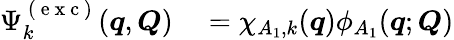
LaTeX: \begin{array}{rl}{\Psi_{k}^{\mathrm{~(~e~x~c~)~}}(\boldsymbol{q},\boldsymbol{Q})}&{{}=\chi_{A_{1},k}(\boldsymbol{q})\phi_{A_{1}}(\boldsymbol{q};\boldsymbol{Q})}\end{array}